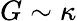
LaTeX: G\sim\kappa